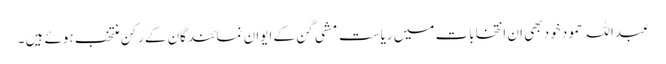
عبداللہ حمود خود بھی ان انتخابات میں ریاست مشی گن کے ایوان نمائندگان کے رکن منتخب ہوئے ہیں ۔